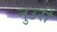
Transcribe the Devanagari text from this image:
नुउरी